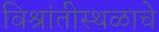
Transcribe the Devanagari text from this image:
विश्रांतीस्थळाचे